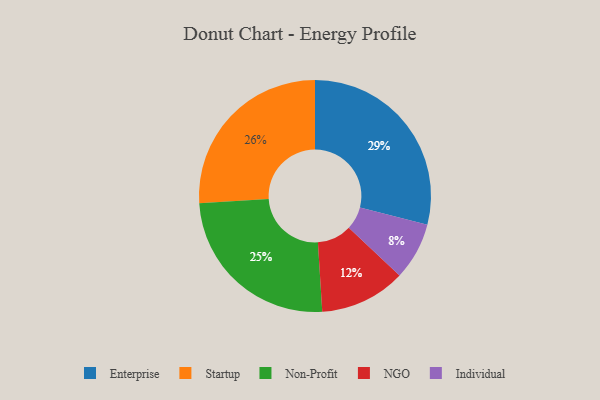
{"axis": {"x": "Category", "y": "Percentage"}, "legend": ["Enterprise", "Individual", "NGO", "Non-Profit", "Startup"], "data": [{"x": "Individual", "y": 8, "type": "Individual"}, {"x": "Startup", "y": 26, "type": "Startup"}, {"x": "Enterprise", "y": 29, "type": "Enterprise"}, {"x": "NGO", "y": 12, "type": "NGO"}, {"x": "Non-Profit", "y": 25, "type": "Non-Profit"}]}